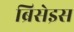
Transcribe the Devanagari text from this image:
ब्रिसेइस